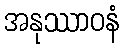
အနုဿာဝနံ